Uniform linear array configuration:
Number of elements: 64
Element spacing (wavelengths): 1
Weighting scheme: exponential
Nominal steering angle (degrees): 30
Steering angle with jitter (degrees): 29.233
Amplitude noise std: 0.05
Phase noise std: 0.05

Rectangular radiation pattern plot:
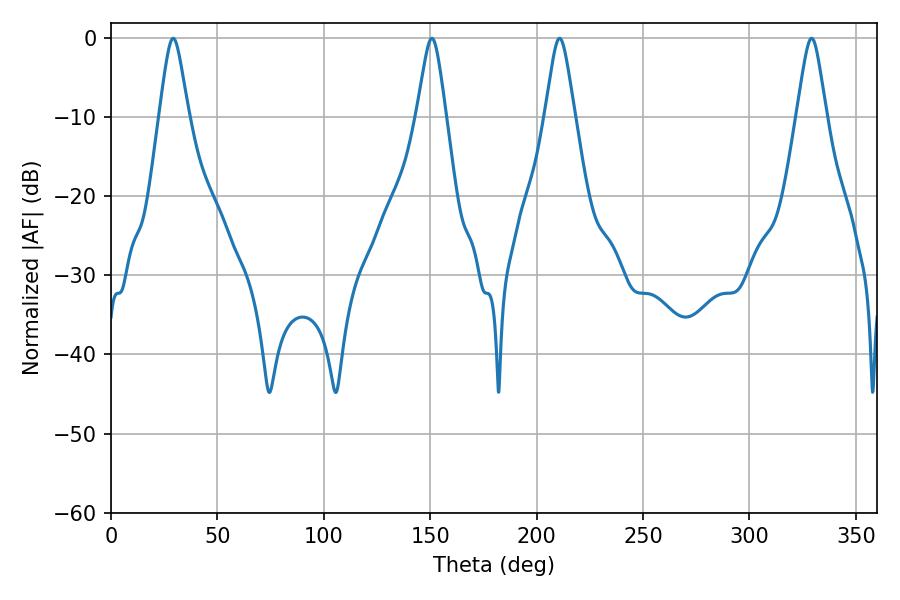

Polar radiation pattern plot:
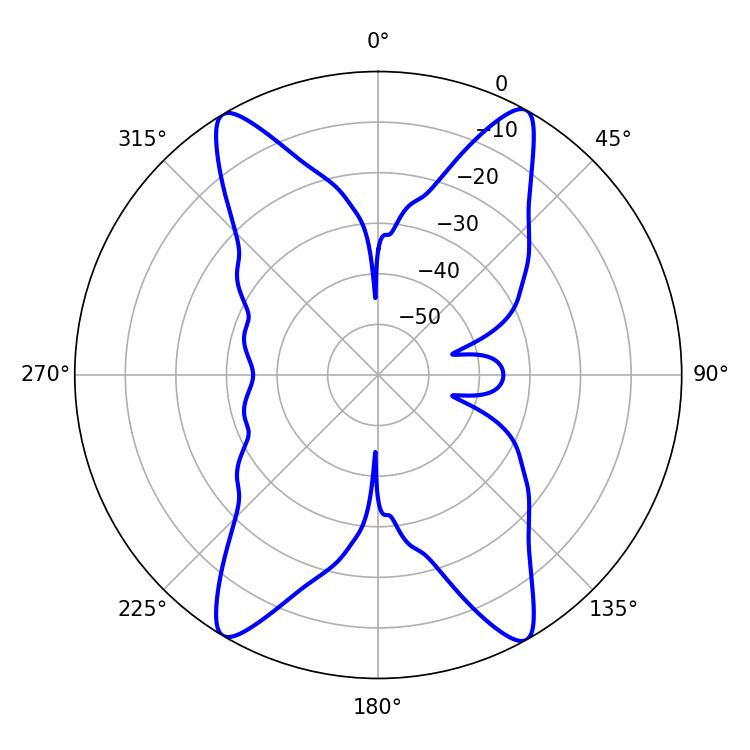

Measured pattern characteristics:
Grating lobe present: TRUE
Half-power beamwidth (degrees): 6.66
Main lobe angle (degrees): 210.78